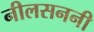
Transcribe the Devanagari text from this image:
नीलसननी